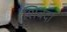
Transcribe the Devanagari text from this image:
शिबदा